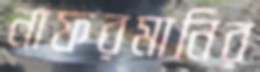
নাফরমানির